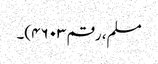
مسلم، رقم ۴۶۰۳)۔